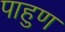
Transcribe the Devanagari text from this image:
पाहुण